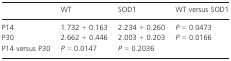
<table><thead><tr><td></td><td><b>WT</b></td><td><b>SOD1</b></td><td><b>WT versus SOD1</b></td></tr></thead><tbody><tr><td>P14</td><td>1.732 + 0.163</td><td>2.234 + 0.260</td><td><i>P</i> = 0.0473</td></tr><tr><td>P30</td><td>2.662 + 0.446</td><td>2.003 + 0.203</td><td><i>P</i> = 0.0166</td></tr><tr><td>P14 versus P30</td><td><i>P</i> = 0.0147</td><td><i>P</i> = 0.2036</td><td></td></tr></tbody></table>